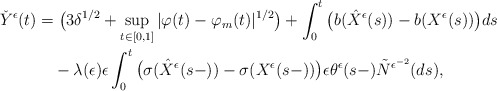
\begin{align*}\check{Y}^{\epsilon}(t)&=\big(3\delta^{1/2}+\sup_{t\in[0,1]}|\varphi(t)-\varphi_m(t)|^{1/2}\big)+\int^{t}_{0}\big(b(\hat{X}^{\epsilon}(s))-b(X^{\epsilon}(s))\big)ds\\&\quad-\lambda(\epsilon)\epsilon\int^{t}_{0}\big(\sigma(\hat{X}^{\epsilon}(s-))-\sigma(X^{\epsilon}(s-))\big)\epsilon\theta^{\epsilon}(s-)\tilde{N}^{\epsilon^{-2}}(ds),\end{align*}